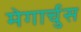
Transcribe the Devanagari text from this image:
मेगार्चुस